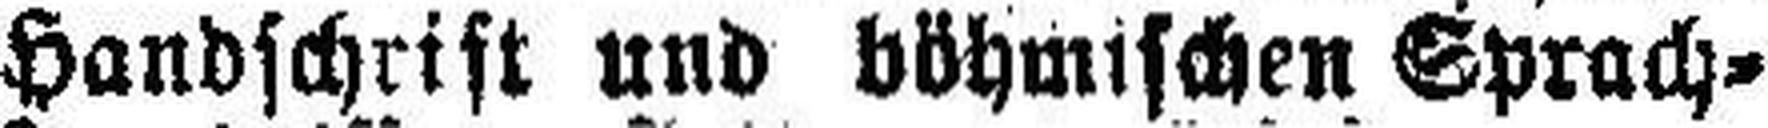
Handschrift und böhmischen Sprach¬